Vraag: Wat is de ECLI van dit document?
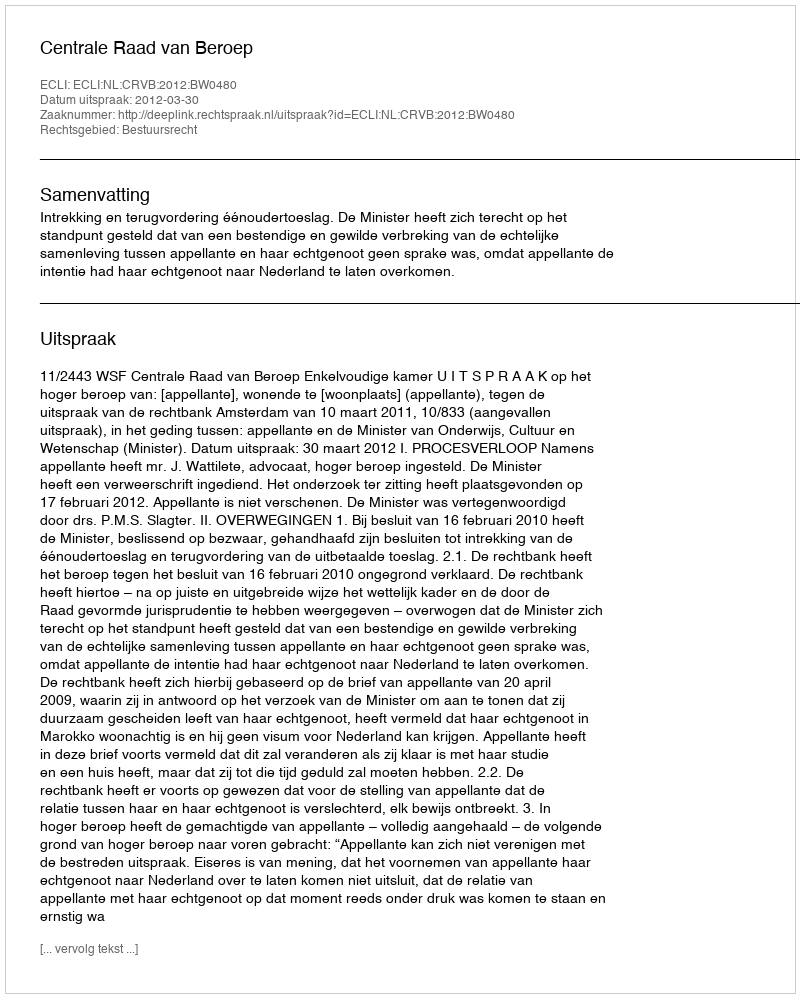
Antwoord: ECLI:NL:CRVB:2012:BW0480